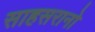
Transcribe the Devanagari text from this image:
साहसरानो